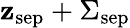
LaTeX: \mathbf{z}_{\textrm{{sep}}}+\Sigma_{\textrm{{sep}}}